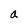
Character: a